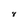
Character: 8